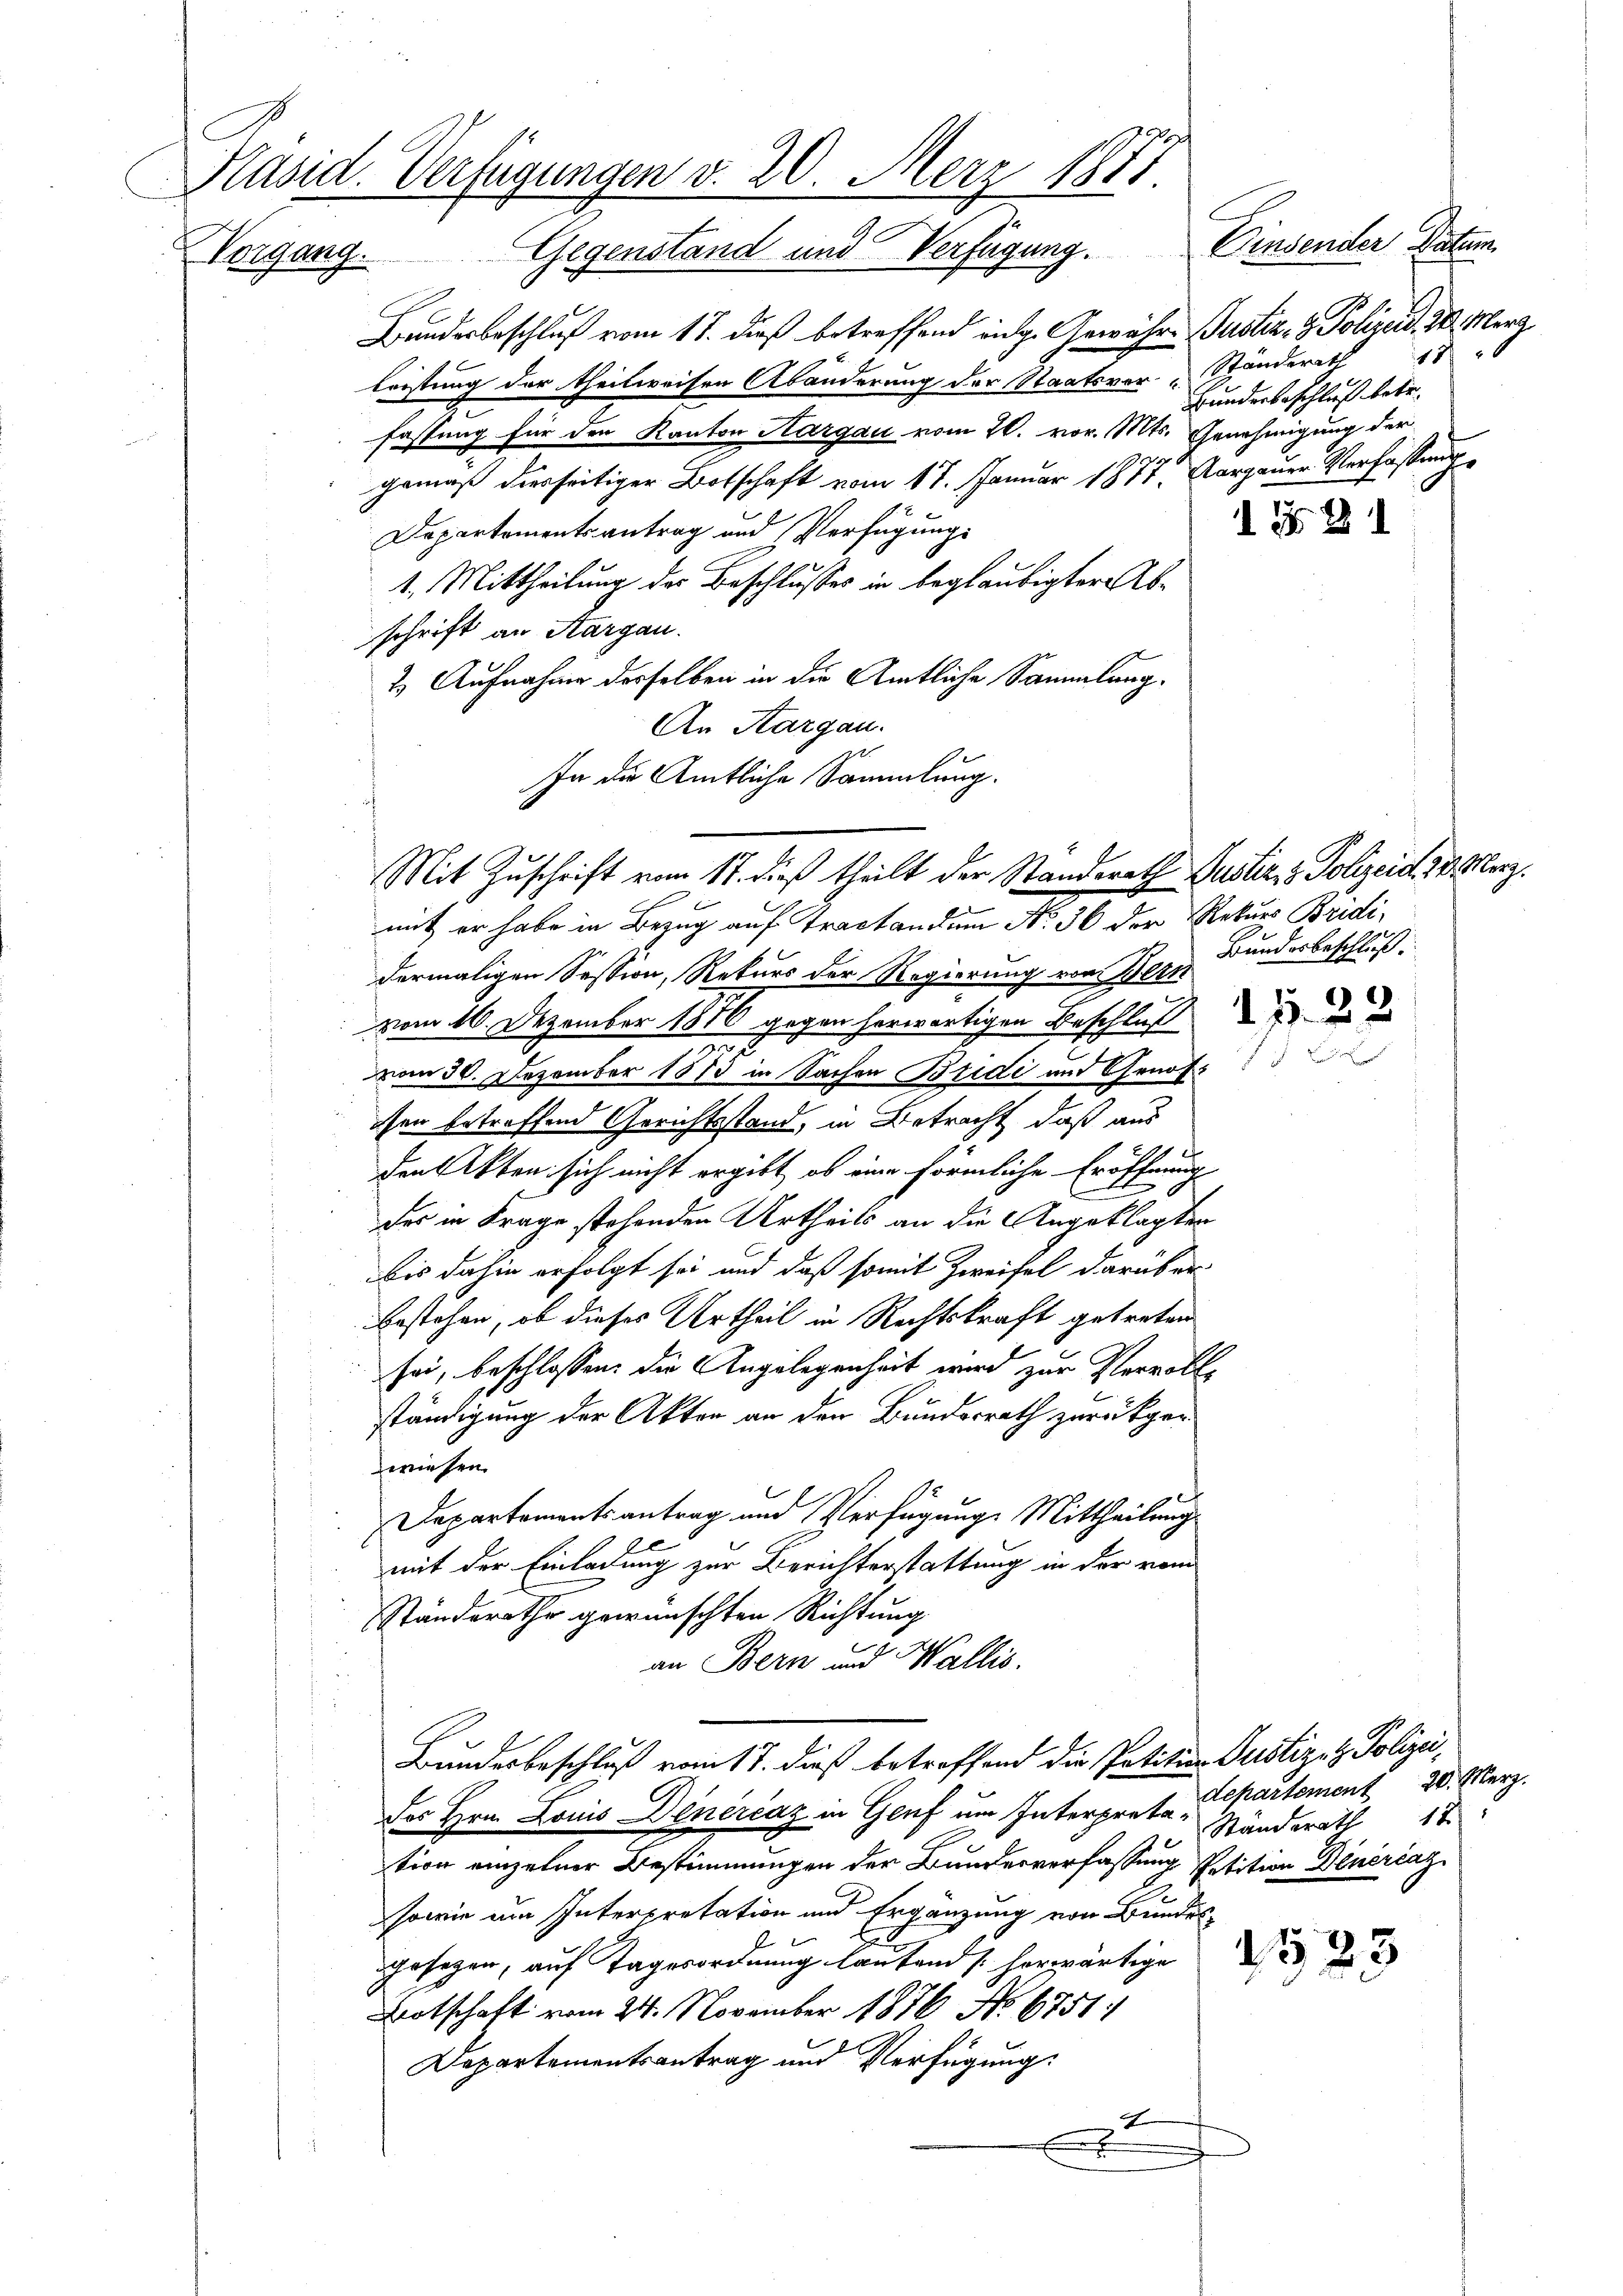
Käsid. Verfügungen v. 20. Merz 1881.
Vorgang. Gegenstand und Verfügung. Einsender Datum

Bundesbeschluß vom 17. dieß betreffend eige Gewähr-Justiz- & Polizeid. d. Merz
leistung der theilweisen Abänderung der Staatsver- Standerath
fassung für den Kanton Aargau vom 20. vor. Mts. Genehmigung der
gemäß diesseitiger Botschaft vom 17. Januar 1877, Aargauer Verfassung
Departementsantrag und Verfügung
1. Mittheilung der Beschlusses in beglaubigter Abschrift an Aargau.
2) Aufnahme desselben in die Amtliche Sammlung.
An Aargau.
In die Amtliche Sammlung.
dermaligen Session, Rekurs der Regierung von Bern
vom 16. Dezember 1876 gegen herwärtigen Beschluß
vom 30. Dezember 1875 in Sachen Bridi und Genoss
sen betreffend Gerichtsstand, in Betracht, daß aus
d
den Akten sich nicht ergibt, ob eine förmliche Eröffnung
der in Frage stehenden Urtheils an die Angeklagten
bis dahin erfolgt sei und daß somit Zweifel darüber
bestehen, ob dieses Urtheil in Rechtskraft getreten
sei, beschlossen: die Angelegenheit wird zur Vervollständigung der Akten an den Bundesrath zurückgewiesen.
Departementsantrag und Verfügung Mittheilung
mit der Einladung zur Berichterstattung in der vom
Ständerathe gewünschten Richtung
an Bern und Wallis.
Bundesbeschluß vom 17. dieß betreffend die Petition Justiz & Polizeidepartement 20. Merz.
des Hrn. Louis Denérčaz in Genf um Interpreta Ständerath 18
tion einzelner Bestimmungen der Bundesverfassung Petition Dinercaz
sowie eine Interpretation und Ergänzung von Bundes-
gesagen, auf Tagerordnung laufend herwärtige
Botschaft vom 24. November 1876 No 6751:
Departementsantrag und Verfügung:
x
e

Mit Zuschrift vom 17. dieß theilt der Standerath Justiz & Polizeid 30. Merz.
mit er habe in Bezug auf Tractandum No 36 der Rekurs Bridi

18/
Bunderbeschluß betr.

1 § 21

Bundesbeschluß: